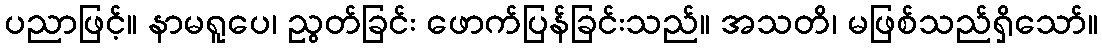
ပညာဖြင့်။ နာမရူပေ၊ ညွတ်ခြင်း ဖောက်ပြန်ခြင်းသည်။ အသတိ၊ မဖြစ်သည်ရှိသော်။